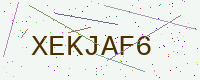
Text: XEKJAF6